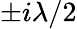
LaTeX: \pm i\lambda/2